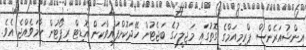
އިންޝުއަރެންސް ޕްރިމިއަމްގެ ގޮތުގައި މަޖިލީހުގެ ބަޖެޓުން ހޭދަކޮށްފައިވާކަން އޮޑިޓް ރިޕޯޓުން ހާމަވެއްޖެ އެވެ.